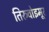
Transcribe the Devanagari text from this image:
तिरुवोइमूर